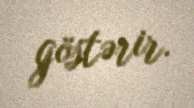
göstərir.